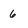
Character: 6